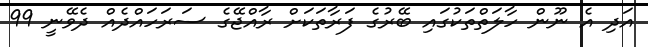
އަދި އެ ނޫން ހާލަތްތަކުގައި ބޭރުގެ ފަރާތަކަށް ރާއްޖޭގެ ސަރަހައްދެއް ދެވޭނީ 99